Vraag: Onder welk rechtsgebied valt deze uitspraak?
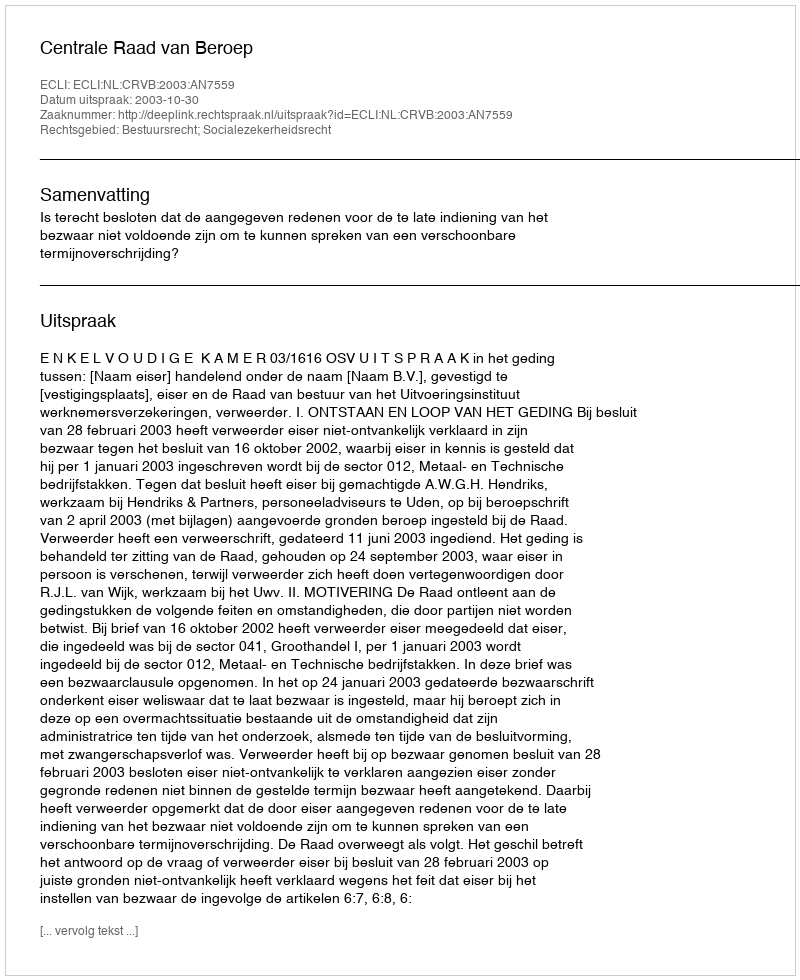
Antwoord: Bestuursrecht; Socialezekerheidsrecht